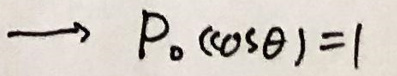
$\rightarrow P_{0}(\cos\theta)=1$